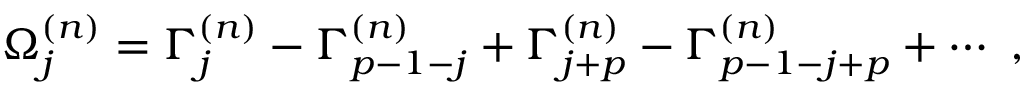
\Omega _ { j } ^ { ( n ) } = \Gamma _ { j } ^ { ( n ) } - \Gamma _ { p - 1 - j } ^ { ( n ) } + \Gamma _ { j + p } ^ { ( n ) } - \Gamma _ { p - 1 - j + p } ^ { ( n ) } + \cdots ~ ,